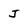
Character: J